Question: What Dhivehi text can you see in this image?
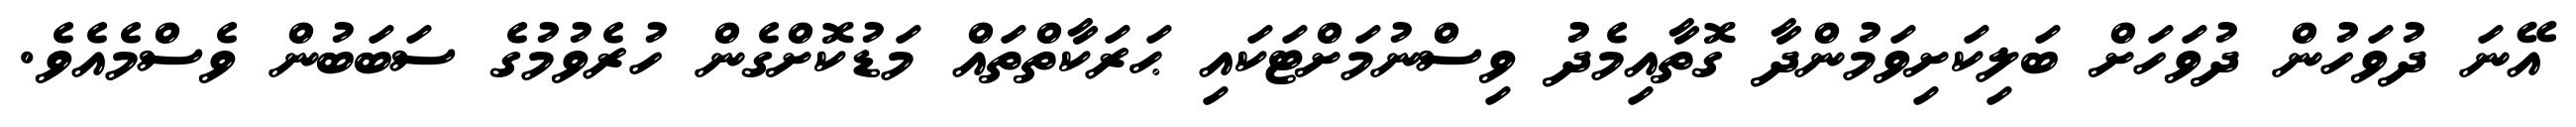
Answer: އޭނަ ދުވަހުން ދުވަހަށް ބަލިކަށިވަމުންދާ ގޮތާއިމެދު ވިސްނުމަށްޓަކައި ޙަރަކާތްތައް މަޑުކޮށްގެން ހުރެވުމުގެ ސަބަބުން ވެސްމެއެވެ.